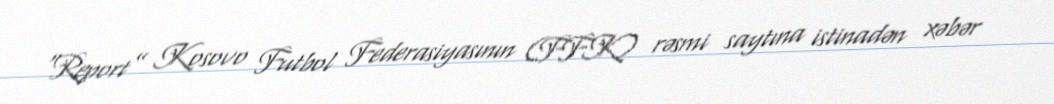
“Report” Kosovo Futbol Federasiyasının (FFK) rəsmi saytına istinadən xəbər